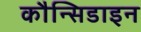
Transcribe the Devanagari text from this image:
कौन्सिडाइन